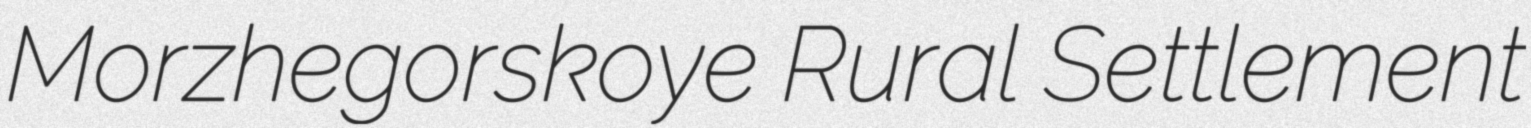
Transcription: Morzhegorskoye Rural Settlement